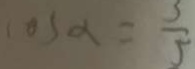
\cos \alpha = \frac { 3 } { 5 }